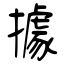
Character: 據